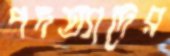
পদত্যাদের